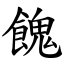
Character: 餽